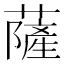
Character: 薩